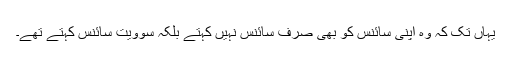
یہاں تک کہ وہ اپنی سائنس کو بھی صرف سائنس نہیں کہتے بلکہ سوویت سائنس کہتے تھے۔